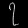
Digit: ၇